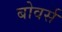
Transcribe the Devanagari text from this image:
बोवर्स